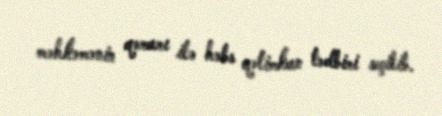
məhkəmənin qərarı ilə həbs qətimkan tədbiri seçilib.